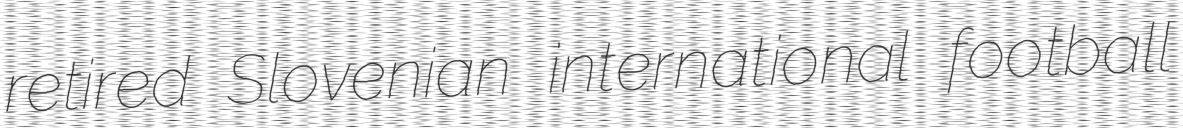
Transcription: retired Slovenian international football